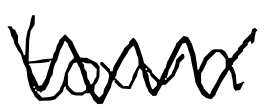
Text: town
Cross-out: zig-zag
Writing tool: digital_black